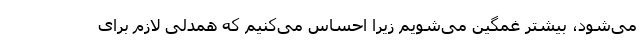
می‌‌شود، بیشتر غمگین می‌‌شویم زیرا احساس می‌‌کنیم که همدلی لازم برای